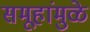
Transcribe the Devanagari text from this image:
समूहांमुळे